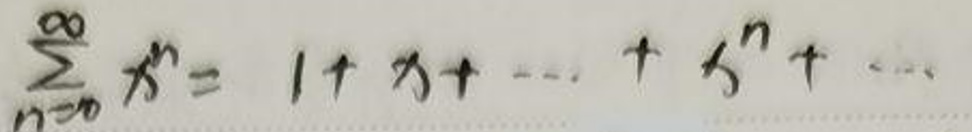
\(\sum _ { n = 0 } ^ { \infty } x ^ { n } = 1 + x + \cdots + x ^ { n } + \cdots\)